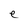
Character: e